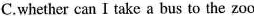
C.whether can I take a bus to the zoo